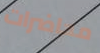
محاضرات